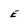
Character: E